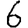
Digit: 6